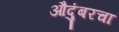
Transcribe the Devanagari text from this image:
औदुंबरचा